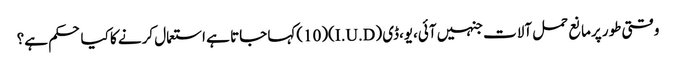
وقتی طور پرمانع حمل آلات جنہیں آئی،یو،ڈی (I.U.D)(10)کہا جاتا ہے استعمال کرنے کا کیا حکم ہے؟